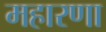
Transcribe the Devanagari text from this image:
महारणा